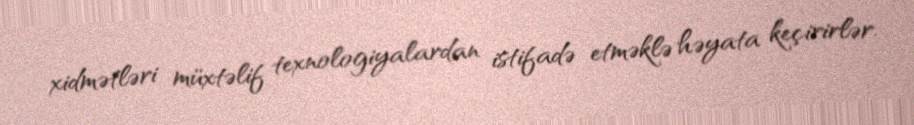
xidmətləri müxtəlif texnologiyalardan istifadə etməklə həyata keçirirlər.